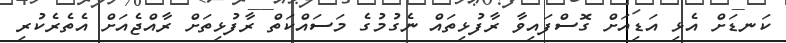
ކަނޑަށް އެޅި އަޑިއަށް ގޮސްފައިވާ ރާފުޅިތައް ނެގުމުގެ މަސައްކަތް ރާފުޅިތަށް ރާއްޖެއަށް އެތެރެކުރި